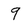
Character: 9